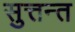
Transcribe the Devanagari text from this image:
सुत्तन्त